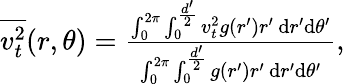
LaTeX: \begin{array}{r}{\overline{{v_{t}^{2}}}(r,\theta)=\frac{\int_{0}^{2\pi}\int_{0}^{\frac{d^{\prime}}{2}}v_{t}^{2}g(r^{\prime})r^{\prime}\, \mathrm{d}r^{\prime}\mathrm{d}\theta^{\prime}}{\int_{0}^{2\pi}\int_{0}^{\frac{d^{\prime}}{2}}g(r^{\prime})r^{\prime}\, \mathrm{d}r^{\prime}\mathrm{d}\theta^{\prime}},}\end{array}